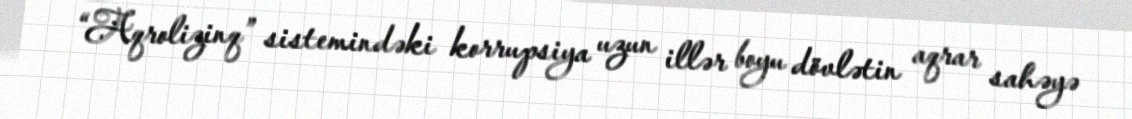
“Aqrolizinq” sistemindəki korrupsiya uzun illər boyu dövlətin aqrar sahəyə